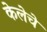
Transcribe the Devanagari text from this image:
केलेचे